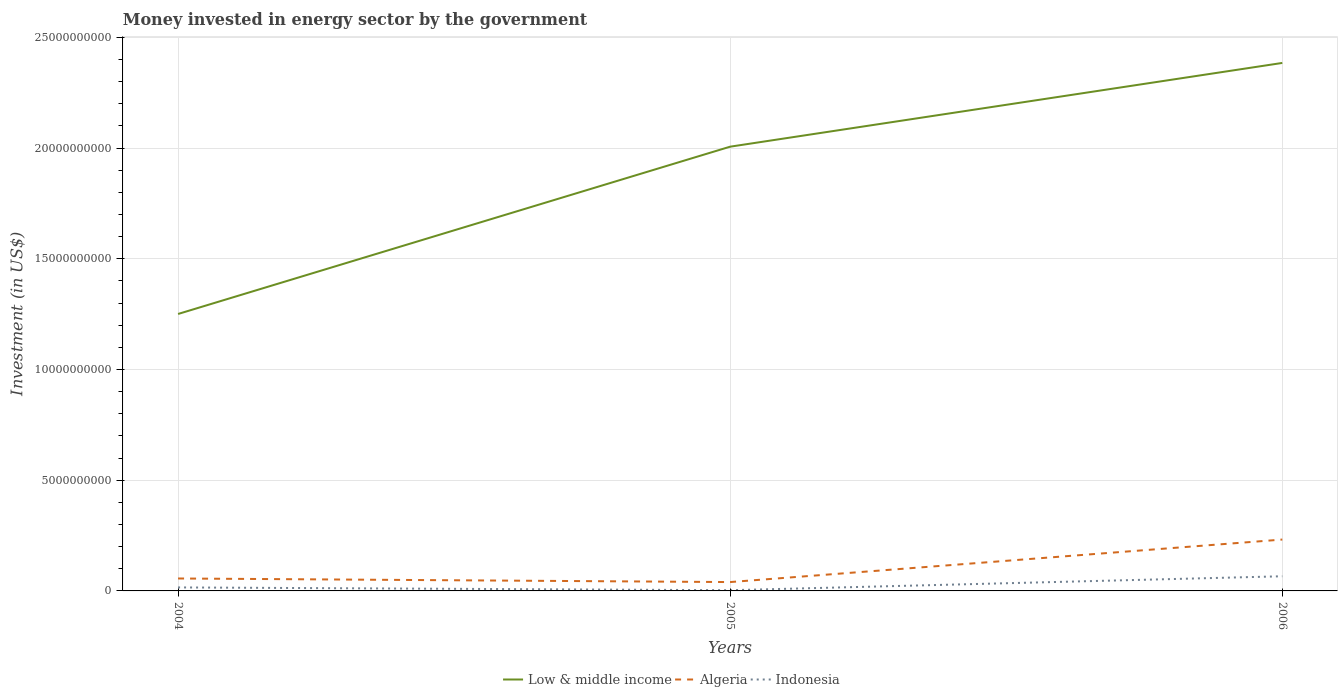
| Years | Low & middle income | Algeria | Indonesia |
 | --- | --- | --- | --- |
 | 2004 | 1.25e+10 | 5.62e+08 | 1.58e+08 |
 | 2005 | 2.01e+10 | 4e+08 | 3.2e+07 |
 | 2006 | 2.38e+10 | 2.32e+09 | 6.62e+08 |